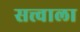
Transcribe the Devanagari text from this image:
सत्त्वाला